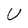
Character: U